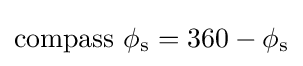
{\text{compass }}\phi _{\mathrm {s} }=360-\phi _{\mathrm {s} }